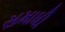
સમાધી